Scottish Leaving Certificate Examination, 1960
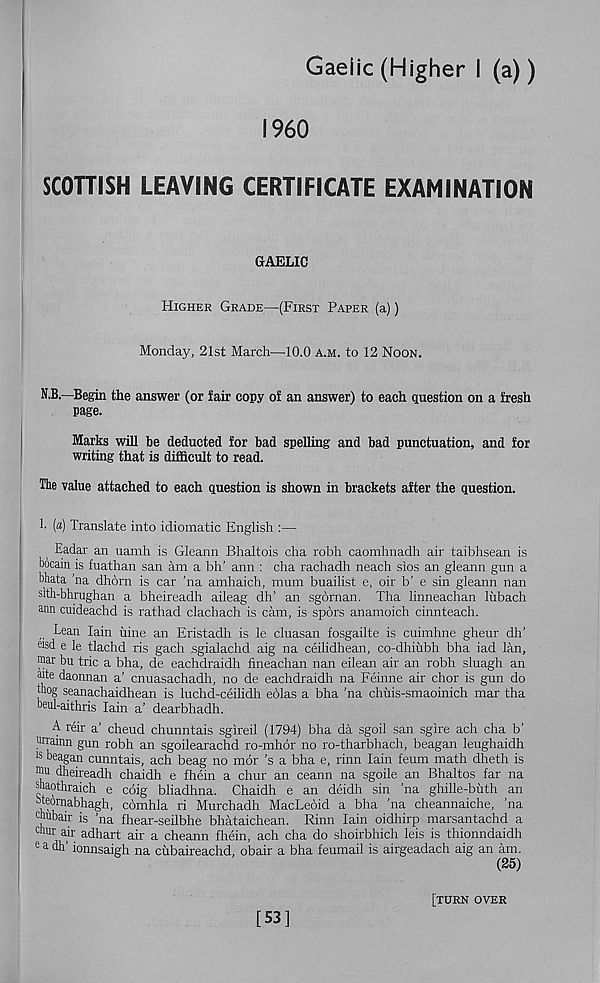
Gaelic (Higher I (a))
I960
SCOTTISH LEAVING CERTIFICATE EXAMINATION
GAELIC
Higher Grade—(First Paper (a))
Monday, 21st March—10.0 A.m. to 12 Noon.
N.B.—Begin the answer (or fair copy of an answer) to each question on a fresh
page.
Marks will be deducted for bad spelling and bad punctuation, and for
writing that is difficult to read.
The value attached to each question is shown in brackets after the question.
h («) Translate into idiomatic English :—
Eadar an uamh is Gleann Bhaltois cha robh caomhnadh air taibhsean is
bocain is fuathan san am a bh’ aim : cha rachadh neach sios an gleann gun a
bhata ha dhorn is car ’na amhaich, mum buailist e, oir b’ e sin gleann nan
sith-bhrughan a bheireadh aileag dh’ an sgornan. Tha linneachan lubach
ann cuideachd is rathad clachach is cam, is spors anamoich cinnteach.
L ea n Iain nine an Eristadh is le cluasan fosgailte is cuimhne gheur dh’
eisd e le tlachd ris gach sgialachd aig na ceilidhean, co-dhiubh bha iad lan,
mar bu trie a bha, de eachdraidh fineachan nan eilean air an robh sluagh an
mte daonnan a’ cnuasachadh, no de eachdraidh na Feinne air chor is gun do
jmog seanachaidhean is luchd-ceilidh eolas a bha ’na chuis-smaoinich mar tha
beul-aithris Iain a’ dearbhadh.
A reir a’ cheud chunntais sgireil (1794) bha da sgoil san sgire ach cha b’
mrainn gun robh an sgoilearachd ro-mhor no ro-tharbhach, beagan leughaidh
1S beagan cunntais, ach beag no mor ’s a bha e, rinn Iain feum math dheth is
dheireadh chaidh e fhein a chur an ceann na sgoile an Bhaltos far na
shaothraich e coig bliadhna. Chaidh e an deidh sin ’na ghille-buth an
bteornabhagh, comhla ri Murchadh MacLeoid a bha ’na cheannaiche, ’na
duibair is ha fhear-seilbhe bhataichean. Rinn Iain oidhirp marsantachd a
™ur air adhart air a cheann fhein, ach cha do shoirbhich leis is thionndaidh
e a dh’ ionnsaigh na cubaireachd, obair a bha feumail is airgeadach aig an am.
(25)
[53]
[turn over